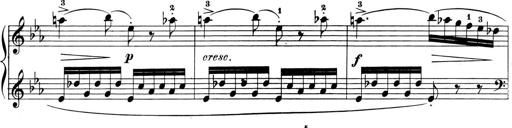
Title: 6 Piano Sonatinas
Composer: Cornelius Gurlitt